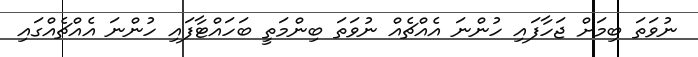
ނުވަތަ ބިމަށް ޖަހާފައި ހުންނަ އެއްޗެއް ނުވަތަ ބިންމަތީ ބަހައްޓާފައި ހުންނަ އެއްޗެއްގައި